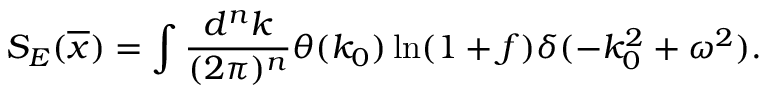
S _ { E } ( \overline { { x } } ) = \int \frac { d ^ { n } k } { ( 2 \pi ) ^ { n } } \theta ( k _ { 0 } ) \ln ( 1 + f ) \delta ( - k _ { 0 } ^ { 2 } + \omega ^ { 2 } ) .